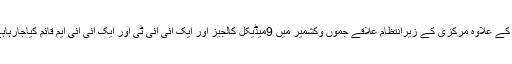
اس کے علاوہ مرکزی کے زیرانتظام علاقے جموں وکشمیر میں 9میڈیکل کالجیز اور ایک آئی آئی ٹی اور ایک آئی آئی ایم قائم کیاجارہاہے ۔